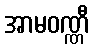
အာမဝဏ္ဏီ